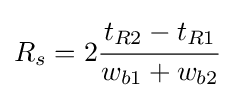
R_{s}=2{\cfrac {t_{R2}-t_{R1}}{w_{b1}+w_{b2}}}